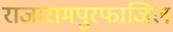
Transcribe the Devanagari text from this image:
राजारामपुरफाजिल